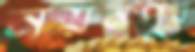
নয়নপুর